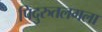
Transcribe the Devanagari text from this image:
पिदुरुतलगला